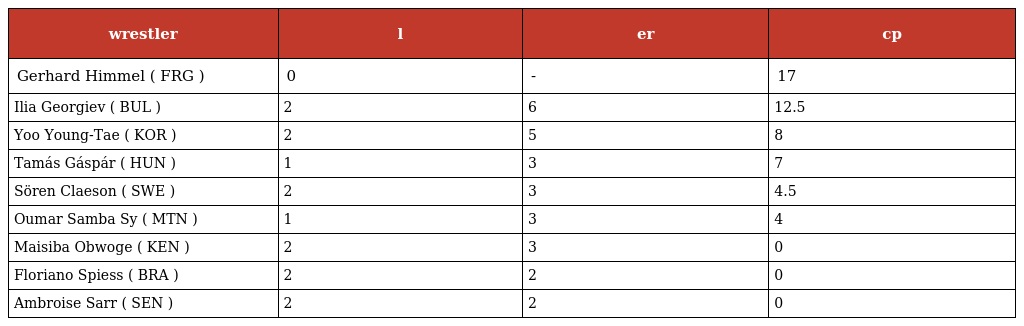
| wrestler | l | er | cp |
 | --- | --- | --- | --- |
 | Gerhard Himmel ( FRG ) | 0 | - | 17 |
 | Ilia Georgiev ( BUL ) | 2 | 6 | 12.5 |
 | Yoo Young-Tae ( KOR ) | 2 | 5 | 8 |
 | Tamás Gáspár ( HUN ) | 1 | 3 | 7 |
 | Sören Claeson ( SWE ) | 2 | 3 | 4.5 |
 | Oumar Samba Sy ( MTN ) | 1 | 3 | 4 |
 | Maisiba Obwoge ( KEN ) | 2 | 3 | 0 |
 | Floriano Spiess ( BRA ) | 2 | 2 | 0 |
 | Ambroise Sarr ( SEN ) | 2 | 2 | 0 |